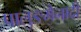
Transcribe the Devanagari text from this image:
पालुङमैनादी